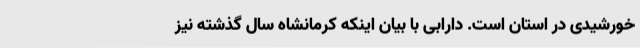
خورشیدی در استان است. دارابی با بیان اینکه کرمانشاه سال گذشته نیز